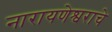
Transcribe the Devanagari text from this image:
नारायणेश्वराचे